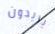
يريدون